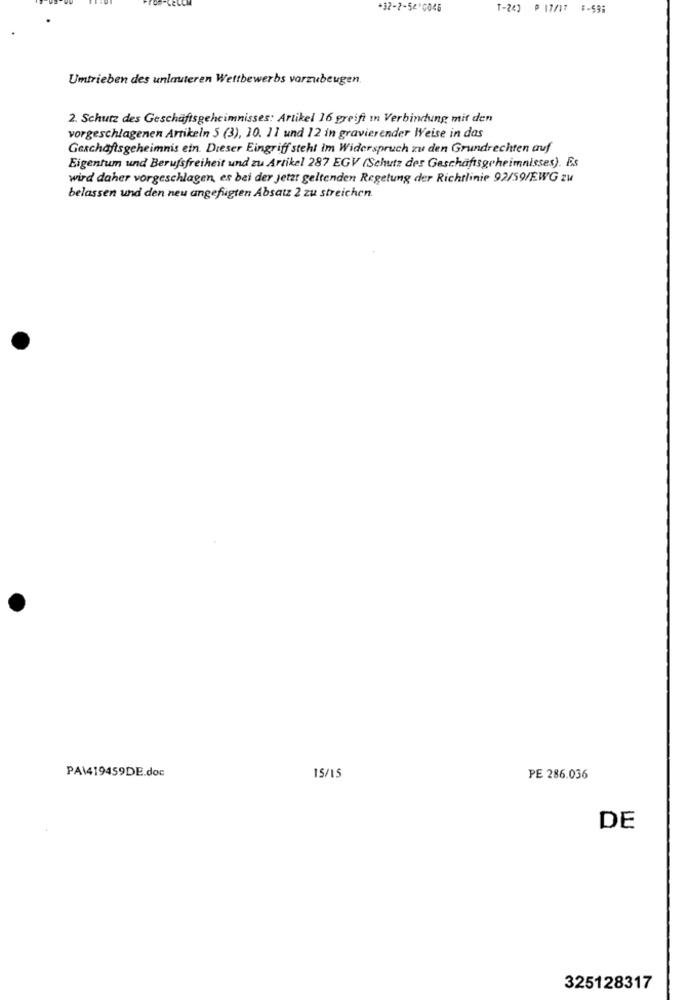
+32-2-5416046
T-243 P 17/17 :- 59:
Umtrieben des unlauteren Wettbewerbs vorzubeugen.
2. Schutz des Geschäftsgeheimnisses: Artikel 16 greift in Verbindung mit den
vorgeschlagenen Artikeln 5 (3), 10. 11 und 12 in gravierender Weise in das
Geschäftsgeheimnis ein. Dieser Eingriff steht im Widerspruch zu den Grundrechten auf
Eigentum und Berufsfreiheit und zu Artikel 287 EGV (Schutz des Geschäftsgeheimnisses). Es
wird daher vorgeschlagen, es bei der jetzt geltenden Regelung der Richtlinie 92/59/EWG zu
belassen und den neu angefügten Absatz 2 zu streichen.
PA\419459DE.doc
15/15
PE 286.036
DE
325128317